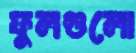
ফুলগুলো